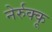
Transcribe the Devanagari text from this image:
नेर्रुक्कू